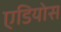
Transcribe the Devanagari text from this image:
एडियोस